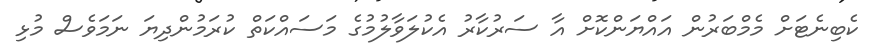
ކެބިނެޓަށް މެމްބަރުން އައްޔަންކޮށް އާ ސަރުކާރު އެކުލަވާލުމުގެ މަސައްކަތް ކުރަމުންދިޔަ ނަމަވެސް މުޅި